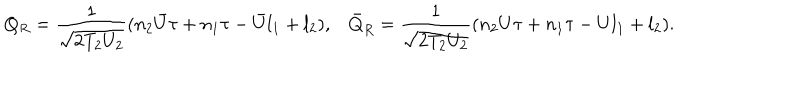
Q _ { R } = \frac { 1 } { \sqrt { 2 T _ { 2 } U _ { 2 } } } ( n _ { 2 } { \bar { U } } \tau + n _ { 1 } \tau - { \bar { U } } l _ { 1 } + l _ { 2 } ) , { \bar { Q } } _ { R } = \frac { 1 } { \sqrt { 2 T _ { 2 } U _ { 2 } } } ( n _ { 2 } U \tau + n _ { 1 } \tau - U l _ { 1 } + l _ { 2 } ) .